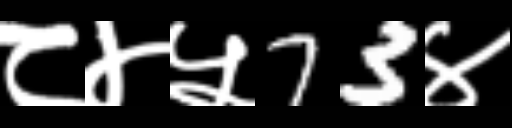
Text: ८४५73४